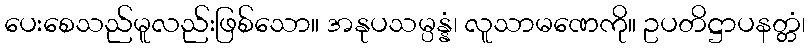
ပေးစေသည်မူလည်းဖြစ်သော။ အနုပသမ္ပန္နံ၊ လူသာမဏေကို။ ဥပတိဋ္ဌာပနတ္တံ၊